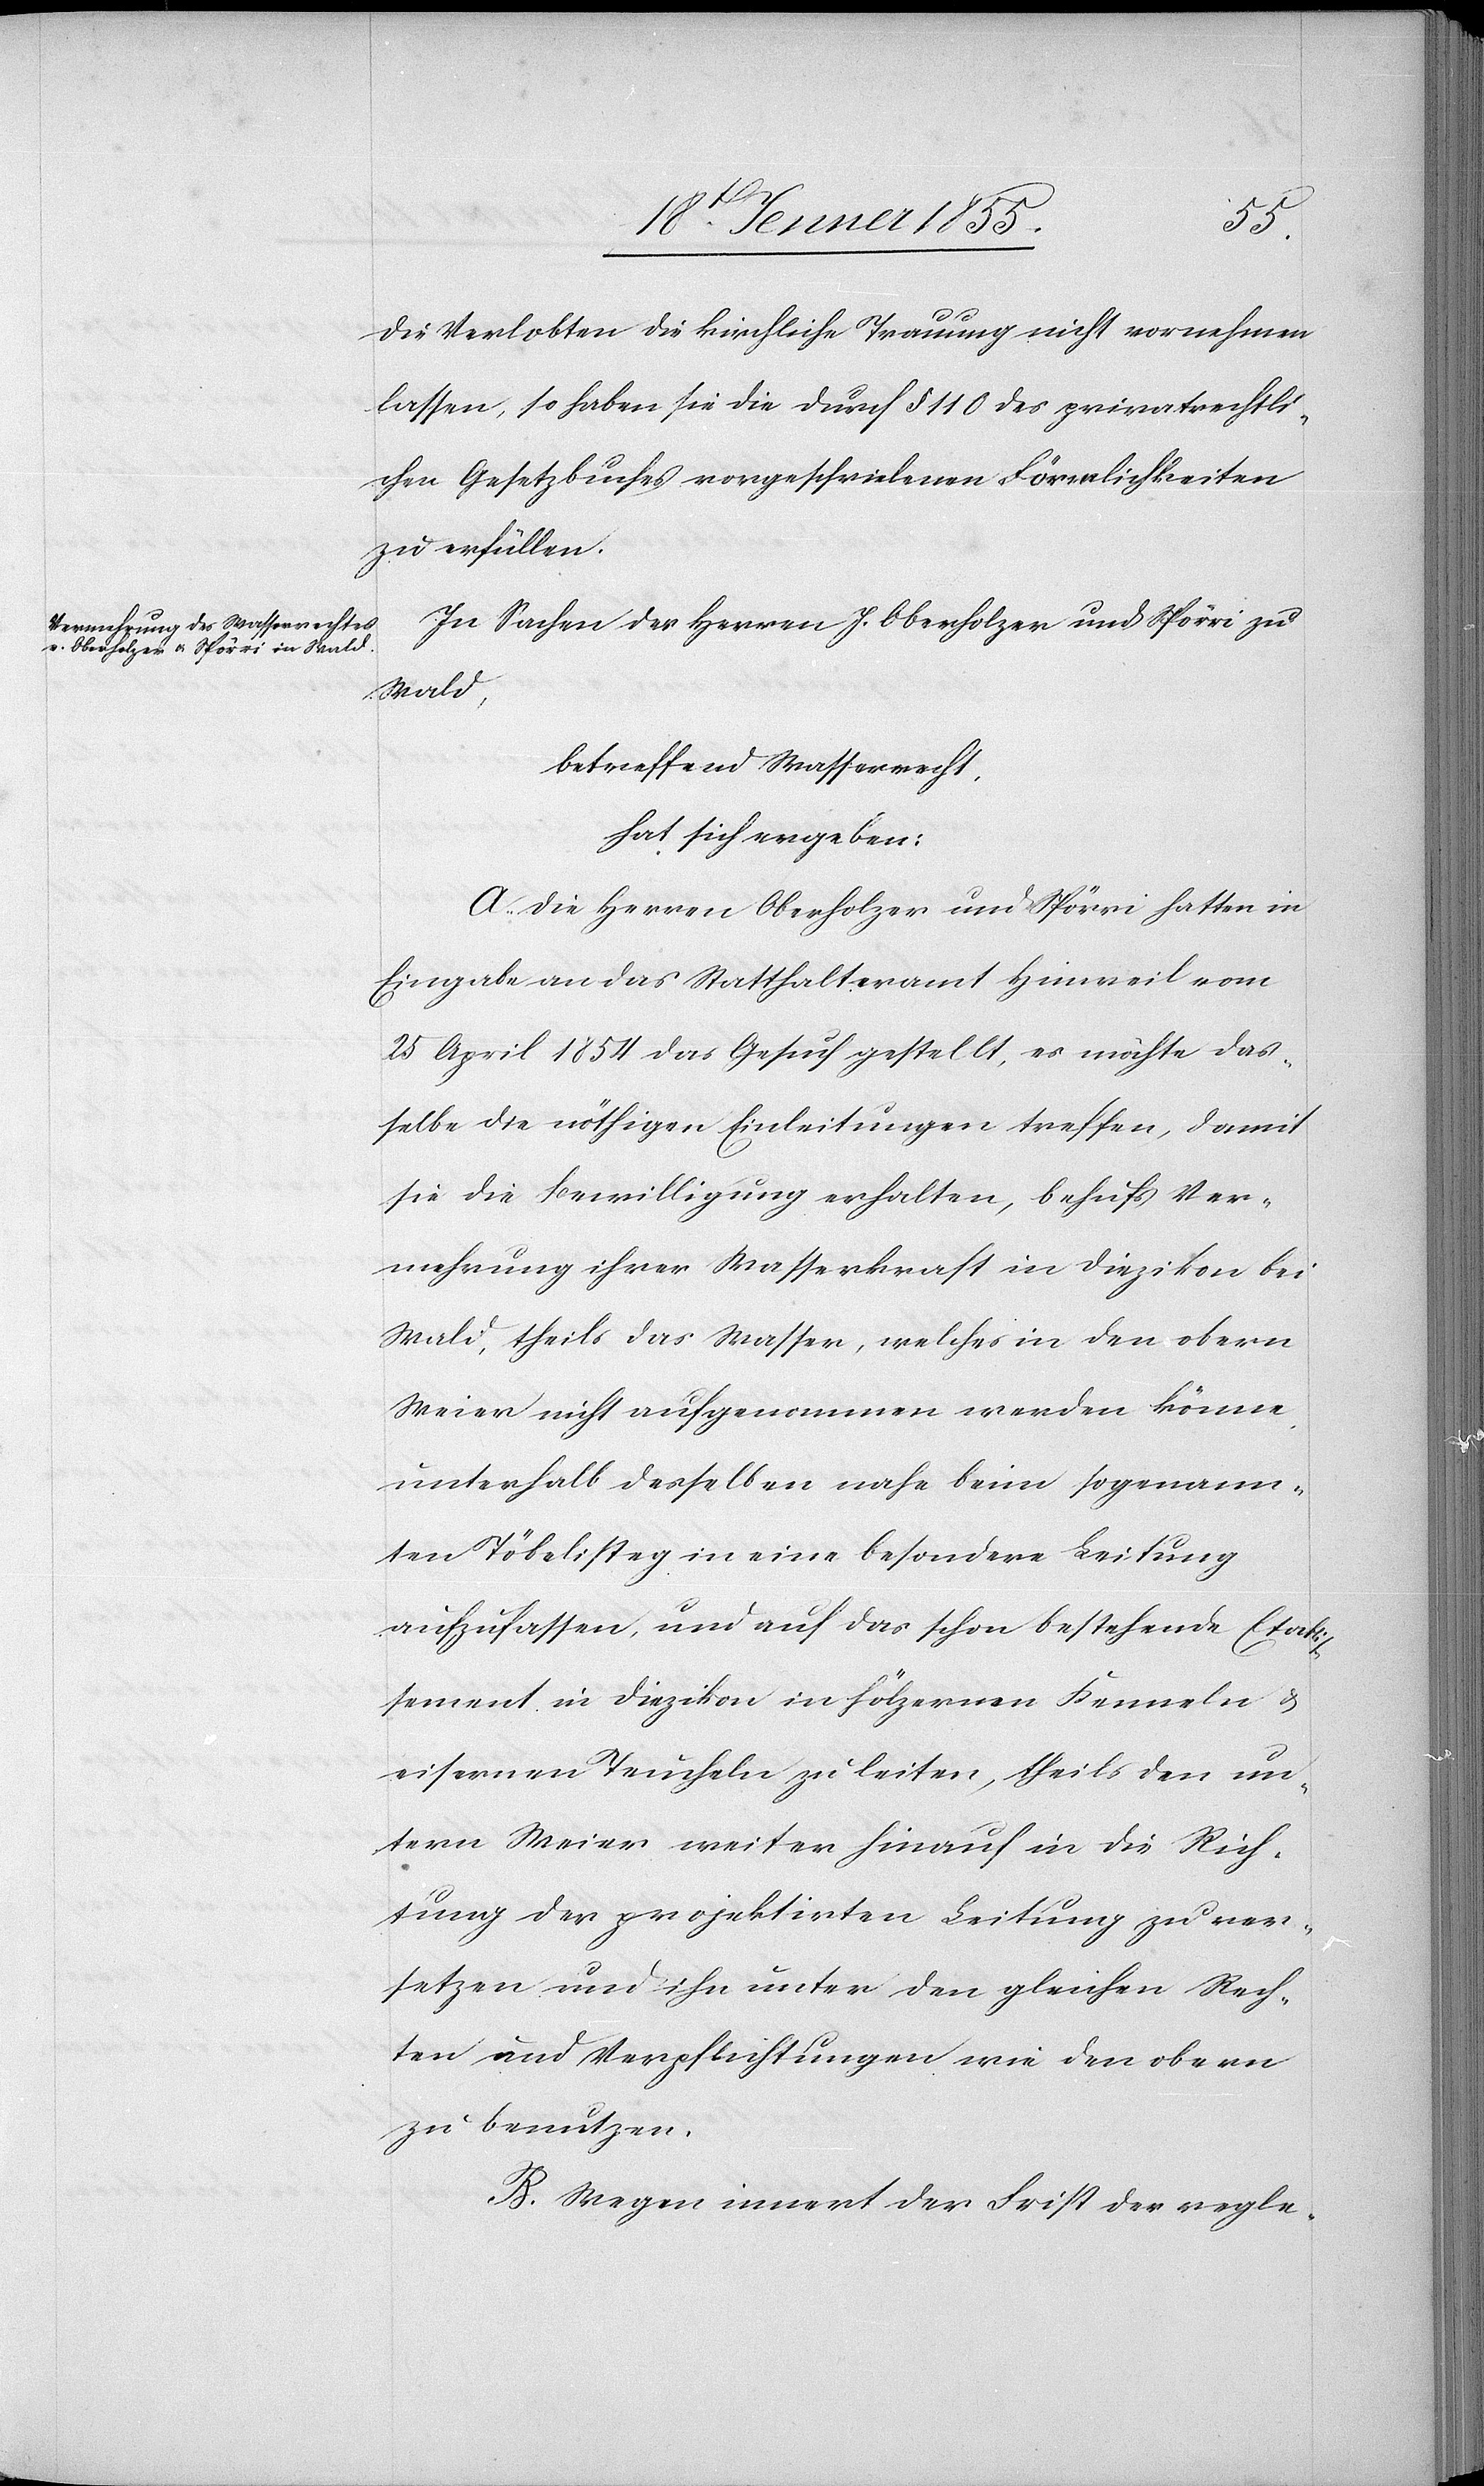
die Verlobten die kirchliche Trauung nicht vornehmen
lassen, so haben sie die durch § 110 des privatrechtli¬
chen Gesetzbuches vorgeschriebenen Förmlichkeiten
zu erfüllen.
In Sachen der Herren J. Oberholzer und Spörri zu
Wald,
betreffend Wasserrecht,
hat sich ergeben:
A. Die Herren Oberholzer und Spörri hatten in
Eingabe an das Statthalteramt Hinweil vom
25 April 1854 das Gesuch gestellt, es möchte das¬
selbe die nöthigen Einleitungen treffen, damit
sie die Bewilligung erhalten, behufs Ver¬
mehrung ihrer Wasserkraft in Diezikon bei
Wald, theils das Wasser, welches in den obern
Weier nicht aufgenommen werden könne,
unterhalb desselben nahe beim sogenann¬
ten Töbelisteg in eine besondere Leitung
aufzufassen, und auf das schon bestehende Etablis¬
sement in Diezikon in hölzernen Kenneln &
eisernen Teucheln zu leiten, theils den un¬
tern Weier weiter hinauf in die Rich¬
tung der projektirten Leitung zu ver¬
setzen und ihn unter den gleichen Rech¬
ten und Verpflichtungen wie den obern
zu benutzen.
B. Wegen innert der Frist der regle-